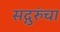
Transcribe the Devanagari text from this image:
सद्गुरुंचा